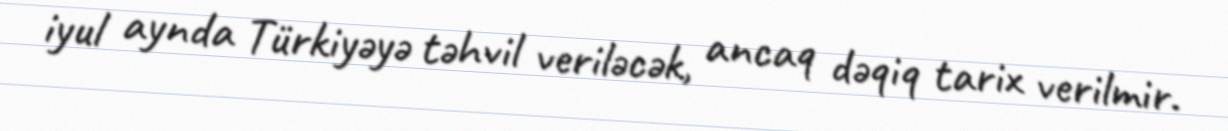
iyul aynda Türkiyəyə təhvil veriləcək, ancaq dəqiq tarix verilmir.